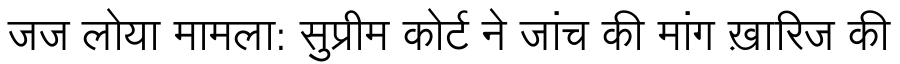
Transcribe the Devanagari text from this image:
जज लोया मामला: सुप्रीम कोर्ट ने जांच की मांग ख़ारिज की